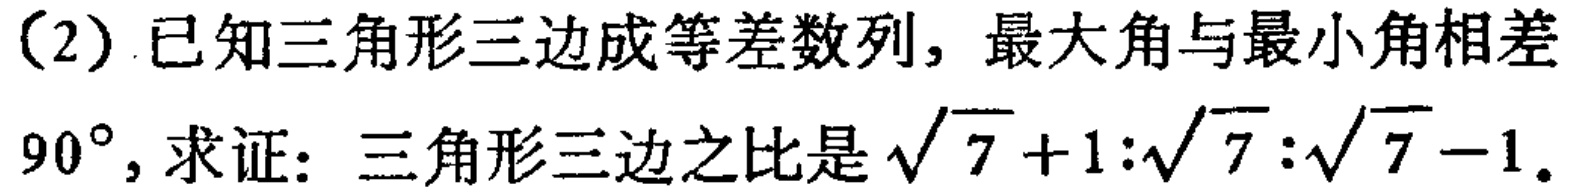
（2）已知三角形三边成等差数列，最大角与最小角相差$90^{\circ}$，求证：三角形三边之比是$\sqrt{7}+1:\sqrt{7}:\sqrt{7}-1$。